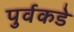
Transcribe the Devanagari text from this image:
पुर्वकडे